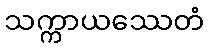
သက္ကာယဿေတံ